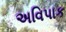
અવિપાક